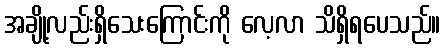
အချို့လည်းရှိသေးကြောင်းကို လေ့လာ သိရှိရပေသည်။